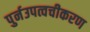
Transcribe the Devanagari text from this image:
पुर्नउपत्वचीकरण